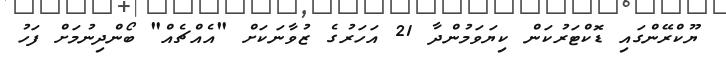
ޔޫކްރޭންގައި ޑޮކްޓަރުކަން ކިޔަވަމުންދާ 21 އަހަރުގެ ޒުވާނަކަށް "އެއްޗެއް" ބޯންދިނުމަށް ފަހު